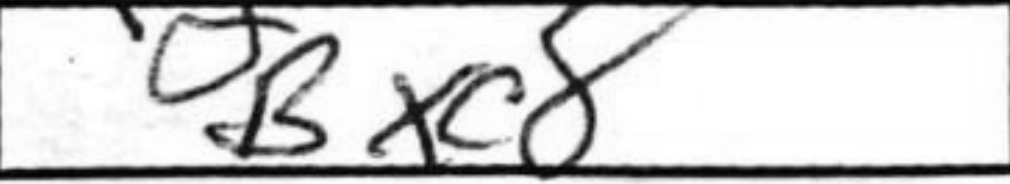
Transcription: Bxc8